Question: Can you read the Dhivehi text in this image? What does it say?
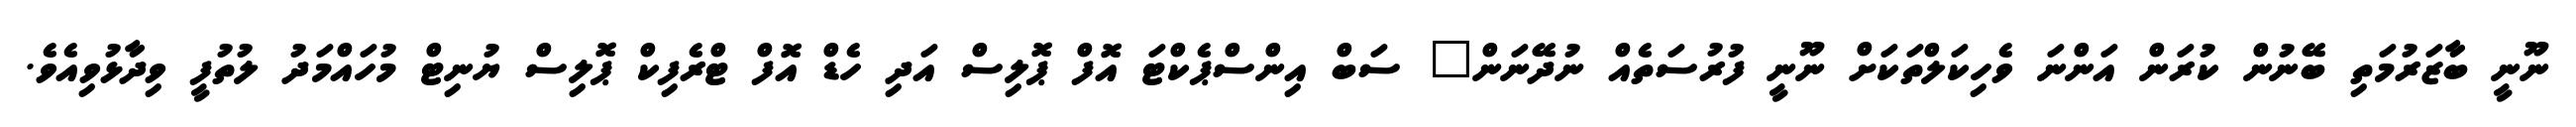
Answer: ނޫނީ ބާޒަރުމަތި ބޭނުން ކުރަން އަންނަ ވެހިކަލްތަކަށް ނޫނީ ފުރުސަތެއް ނުދޭނަން" ސަބް އިންސްޕެކްޓަ އޮފް ޕޮލިސް އަދި ހެޑް އޮފް ޓްރެފިކް ޕޮލިސް ޔުނިޓް މުހައްމަދު ލުތުފީ ވިދާޅުވިއެވެ.